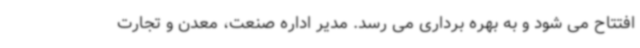
افتتاح می شود و به بهره برداری می رسد. مدیر اداره صنعت، معدن و تجارت